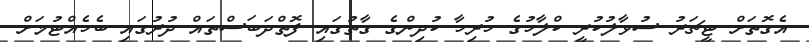
އެގޮތަށް ޓީޗަރު ސުވާލުކުރީ ކްލާހުގެ ހުރިހާ ކުދިންގެ ގާތުގައި ފޮތްދަބަސްތައް ދުރުގައި ބެހެއްޓުމަށް